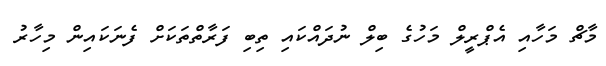
މާޗް މަހާއި އެޕްރީލް މަހުގެ ބިލް ނުދައްކައި ތިބި ފަރާތްތަކަށް ފެނަކައިން މިހާރު